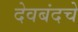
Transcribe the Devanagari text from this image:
देवबंदचे